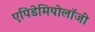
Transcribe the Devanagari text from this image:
एपिडेमियोलॉजी